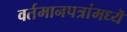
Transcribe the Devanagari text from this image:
वर्तमानपत्रांमध्यॆ